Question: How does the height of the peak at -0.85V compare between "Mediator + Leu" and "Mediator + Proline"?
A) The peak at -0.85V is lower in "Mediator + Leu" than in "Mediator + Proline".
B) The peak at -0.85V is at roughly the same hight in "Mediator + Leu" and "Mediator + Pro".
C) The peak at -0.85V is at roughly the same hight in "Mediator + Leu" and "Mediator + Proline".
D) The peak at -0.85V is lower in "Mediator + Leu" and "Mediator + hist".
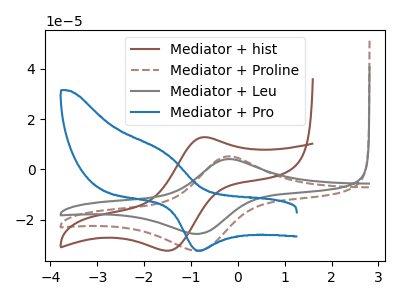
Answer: <think>The brown curve "Mediator + hist" has an anodic peak at (-0.75V, 12.85uA) and a cathodic peak at (-1.45V, -32.30uA). The brown dashed curve "Mediator + Proline" has an anodic peak at (-0.20V, 5.20uA) and a cathodic peak at (-0.85V, -32.35uA). The gray curve "Mediator + Leu" has an anodic peak at (-0.20V, 4.15uA) and a cathodic peak at (-0.85V, -25.65uA). The blue curve "Mediator + Pro" has an anodic peak at (-1.55V, 6.80uA) and a cathodic peak at (-0.80V, -32.35uA).</think>
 <answer>A) The peak at -0.85V is lower in "Mediator + Leu" than in "Mediator + Proline".</answer>
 <eval>A</eval>